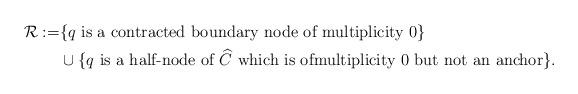
LaTeX: \begin{align*}\mathcal{R}:=&\{\hbox{$q$ is a contracted boundary node of multiplicity $0$}\}\\&\cup\{\hbox{$q$ is a half-node of $\widehat{C}$ which is ofmultiplicity $0$ but not an anchor}\}.\end{align*}